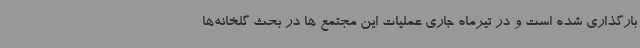
بارگذاری شده است و در تیرماه جاری عملیات این مجتمع ها در بحث گلخانه‌ها